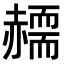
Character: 𧹸